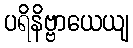
ပရိနိဗ္ဗာယေယျ